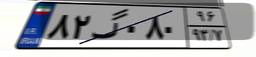
۸۲گ۰۸۰۹۶